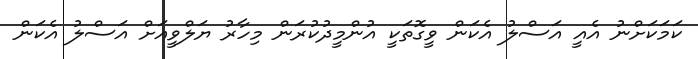
ކަމަކަށްނު އެއީ އަސްލު އެކަން ވީގޮތަކީ އުންމީދުކުރަން މިހާރު ޔަލްވީއަށް އަސްލު އެކަން